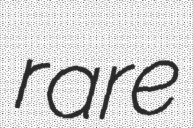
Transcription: rare